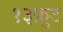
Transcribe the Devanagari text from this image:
१३फ़ुट